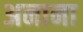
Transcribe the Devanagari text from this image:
अनाना